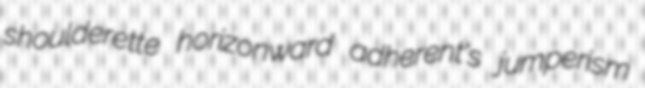
shoulderette horizonward adherent's jumperism